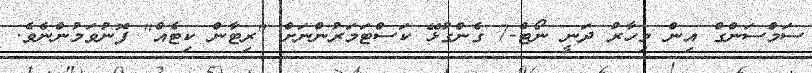
ސަމްސަންގް އިން މިހާރު ދަނީ ނޯޓް-7 ގެންގުޅޭ ކަސްޓަމަރުންނަށް "ރިޓާން ކިޓެއް" ފޮނުވަމުންނެވެ.